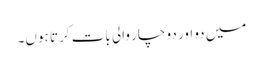
میں دو اور دو چار والی بات کرتا ہوں۔